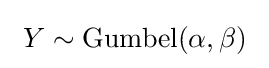
\ Y\sim \mathrm {Gumbel} (\alpha ,\beta )\